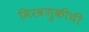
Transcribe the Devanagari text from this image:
मिरवणुकीची